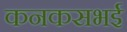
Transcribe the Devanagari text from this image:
कनकसभई